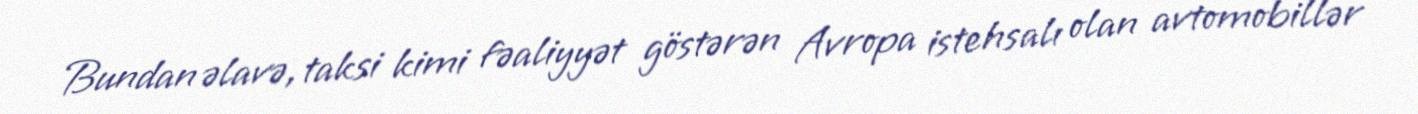
Bundan əlavə, taksi kimi fəaliyyət göstərən Avropa istehsalı olan avtomobillər